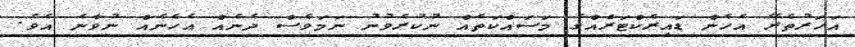
އަހަރުތެރޭ އެހެން ޑައިރެކްޓަރެއްގެ މަސައްކަތެއް ނުކުރެވުނު ނަމަވެސް ދެނެއް އެހެނެއް ނުވާނެ އެވެ.